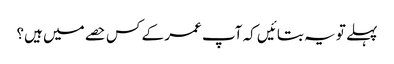
پہلے تو یہ بتائیں کہ آپ عمر کے کس حصے میں‌ ہیں؟